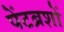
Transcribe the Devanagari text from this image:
पेंटब्रशों